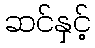
ဆင်နှင့်